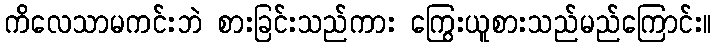
ကိလေသာမကင်းဘဲ စားခြင်းသည်ကား ကြွေးယူစားသည်မည်ကြောင်း။